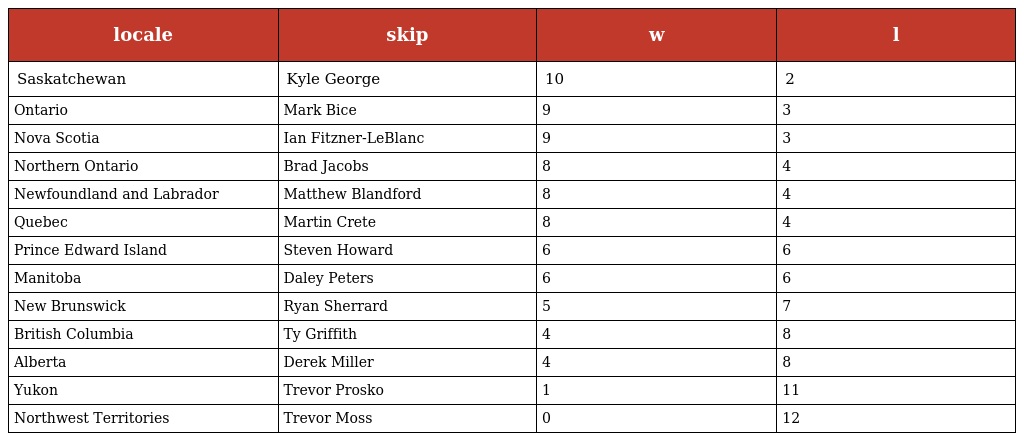
| locale | skip | w | l |
 | --- | --- | --- | --- |
 | Saskatchewan | Kyle George | 10 | 2 |
 | Ontario | Mark Bice | 9 | 3 |
 | Nova Scotia | Ian Fitzner-LeBlanc | 9 | 3 |
 | Northern Ontario | Brad Jacobs | 8 | 4 |
 | Newfoundland and Labrador | Matthew Blandford | 8 | 4 |
 | Quebec | Martin Crete | 8 | 4 |
 | Prince Edward Island | Steven Howard | 6 | 6 |
 | Manitoba | Daley Peters | 6 | 6 |
 | New Brunswick | Ryan Sherrard | 5 | 7 |
 | British Columbia | Ty Griffith | 4 | 8 |
 | Alberta | Derek Miller | 4 | 8 |
 | Yukon | Trevor Prosko | 1 | 11 |
 | Northwest Territories | Trevor Moss | 0 | 12 |